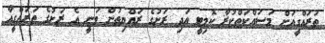
ތަރައްގީއަށް މަސައްކަތްކުރާ ކޮމިޓީ އަދި ރަށުގެ ރައްޔިތުން ވަނީ އެ ރަށުގެ ތަރައްގީއާ